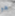
هو